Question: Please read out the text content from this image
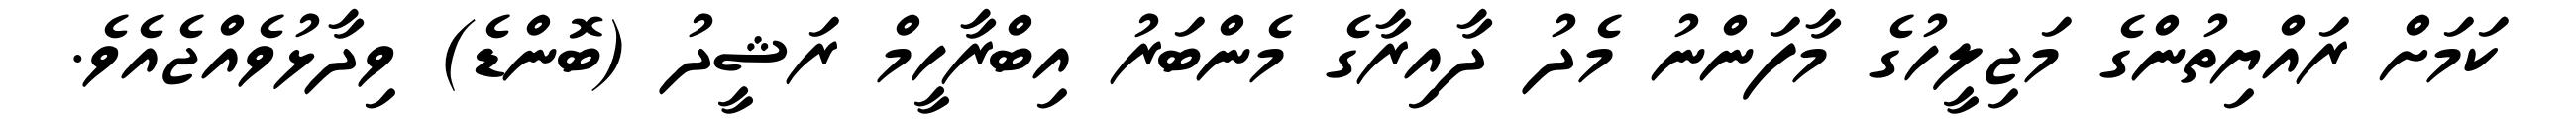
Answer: ކަމަށް ރައްޔިތުންގެ މަޖިލީހުގެ މާފަންނު މެދު ދާއިރާގެ މެންބަރު އިބްރާހީމް ރަޝީދު (ބޮންޑެ) ވިދާޅުވެއްޖެއެވެ.